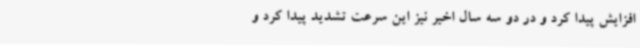
افزایش پیدا کرد و در دو سه سال اخیر نیز این سرعت تشدید پیدا کرد و